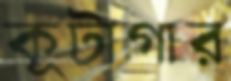
কূটাগার